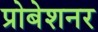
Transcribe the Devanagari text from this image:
प्रोबेशनर